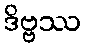
ဒိဗ္ဗဿ